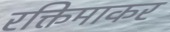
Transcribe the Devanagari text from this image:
रक्तिमाकर